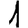
Digit: 1